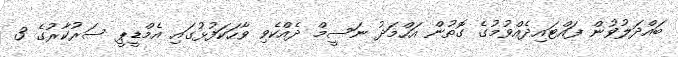
ބައްދަލުވުން ފައްޓަައިދެއްވުމުގެ ގޮތުން އަހްމަދު ނަސީމް ދެއްކެވި ވާހަކަފުޅުގައި އެމްޑީޕީ ސަރުކާރުގެ 3